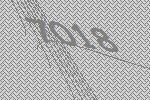
7018